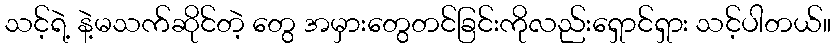
သင့်ရဲ့ နဲ့မသက်ဆိုင်တဲ့ တွေ အမှားတွေတင်ခြင်းကိုလည်းရှောင်ရှား သင့်ပါတယ်။